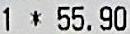
1 * 55.90